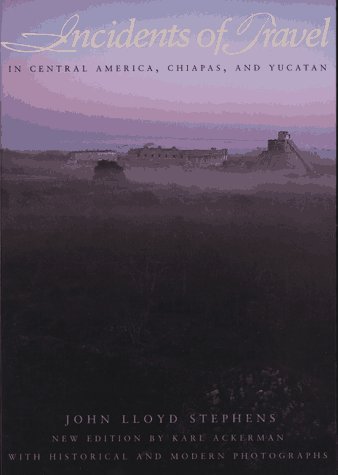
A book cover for Incidents of Travel in Central America, Chiapas and Yucatan; John Lloyd Stephens; Travel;